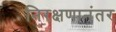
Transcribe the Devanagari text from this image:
निरक्षणानंतर